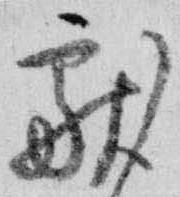
献